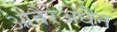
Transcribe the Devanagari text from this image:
ओबैरेअधैन